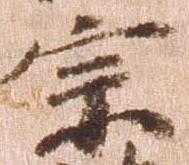
宗